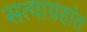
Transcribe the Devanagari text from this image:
सत्याग्रहांत